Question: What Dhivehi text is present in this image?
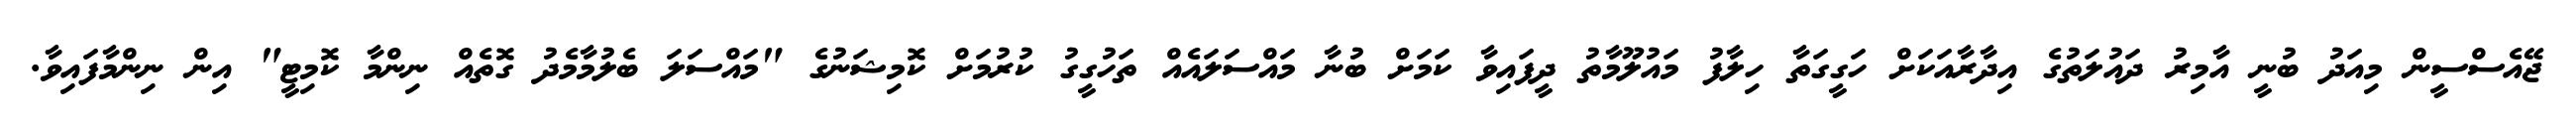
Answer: ޖޭއެސްސީން މިއަދު ބުނީ އާމިރު ދައުލަތުގެ އިދާރާއަކަށް ހަގީގަތާ ހިލާފު މައުލޫމާތު ދީފައިވާ ކަމަށް ބުނާ މައްސަލައެއް ތަހުގީގު ކުރުމަށް ކޮމިޝަނުގެ "މައްސަލަ ބެލުމާމެދު ގޮތެއް ނިންމާ ކޮމިޓީ" އިން ނިންމާފައިވާ.